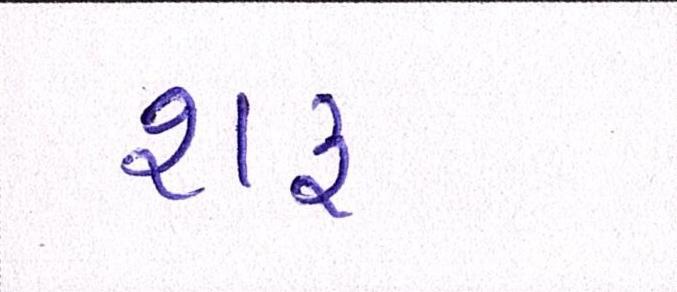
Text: શરુ